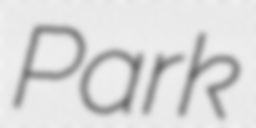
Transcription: Park